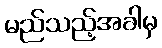
မည်သည့်အခါမှ